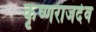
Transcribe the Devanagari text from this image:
कृष्णराजदेव